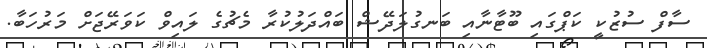
ސާފް ސުޒުކީ ކަޕްގައި ބޫޓާނާއި ބަނގުލަދޭޝް ބައްދަލުކުރާ މެޗުގެ ލައިވް ކަވަރޭޖަށް މަރުހަބާ.